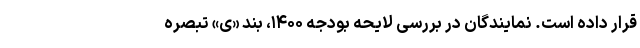
قرار داده است. نمایندگان در بررسی لایحه بودجه ۱۴۰۰، بند «ی» تبصره